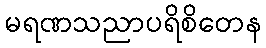
မရဏသညာပရိစိတေန